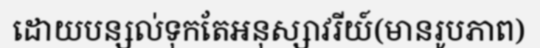
ដោយបន្សល់ទុកតែអនុស្សាវរីយ៍(មានរូបភាព)